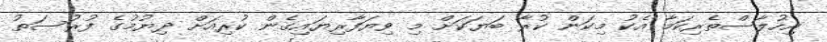
އިހުލާސްތެރިކަމާ އެކު މިކަން ކުރާ ބަޔަކަށް މި ވިޔަފާރިޔައިގެން ކުރިއަށް ދިޔުމުގެ ފުރުސަތު